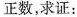
正数，求证：